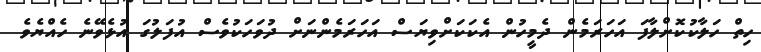
ހިތް ހަލާކުކޮށްލާފަ އަހަރަމެން ދެމީހުން އެކަކަށްވިޔަސް އަހަރަމެންނަށް ދުވަހަކުވެސް އުފަލުގަ އުޅެވޭނެ ހެއްޔެވެ